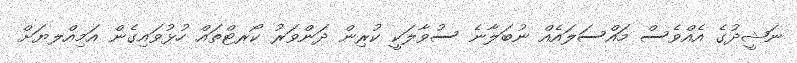
ނަޝީދުގެ އެއްވެސް މައްސަލައެއް ނުބަލާނެ ސުވާލަކީ ކުރިން ދަންވަރު ކޯރޓްތައް ހުޅުވައިގެން އަމިއްލޔަށް